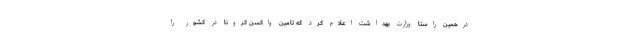
درهمین راستا وزارت بهداشت اعلام کرد که تامین واکسن کرونا در کشور را